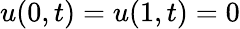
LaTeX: u(0,t)=u(1,t)=0